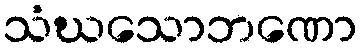
သံဃသောဘဏော